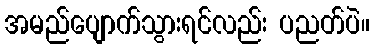
အမည်ပျောက်သွားရင်လည်း ပညတ်ပဲ။